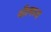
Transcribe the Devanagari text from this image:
थी।मध्य